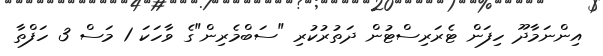
އިންނަމާދޫ ހިފަން ޓެރަރިސްޓުން ދަތުރުކުރި "ސަބްމެރިން"ގެ ވާހަކަ 1 މަސް 3 ހަފްތާ